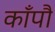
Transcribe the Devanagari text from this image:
काँपौ